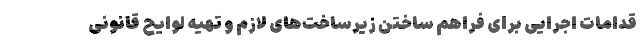
قدامات اجرایی برای فراهم ساختن زیرساخت‌های لازم و تهیه لوایح قانونی